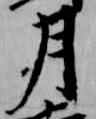
月